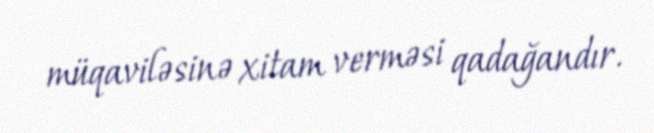
müqaviləsinə xitam verməsi qadağandır.